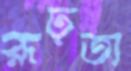
রূঢ়তা